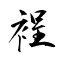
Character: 裎